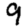
Digit: 9